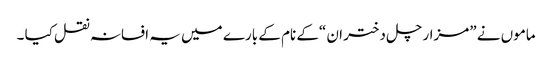
ماموں نے ”مزار چل دختر ان “کے نام کے بارے میں یہ افسانہ نقل کیا ۔